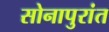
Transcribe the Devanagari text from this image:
सोनापुरांत